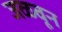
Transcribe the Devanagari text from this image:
जळवून